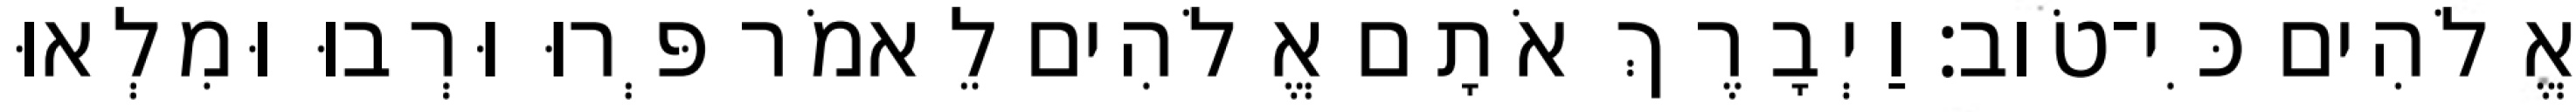
אֱלֹהִים כִּי־טֹוב׃ וַיְבָרֶךְ אֹתָם אֱלֹהִים לֵאמֹר פְּרוּ וּרְבוּ וּמִלְאוּ